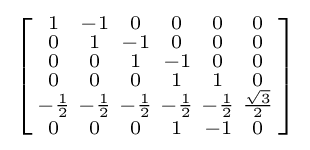
\left[{\begin{smallmatrix}1&-1&0&0&0&0\\0&1&-1&0&0&0\\0&0&1&-1&0&0\\0&0&0&1&1&0\\-{\frac {1}{2}}&-{\frac {1}{2}}&-{\frac {1}{2}}&-{\frac {1}{2}}&-{\frac {1}{2}}&{\frac {\sqrt {3}}{2}}\\0&0&0&1&-1&0\\\end{smallmatrix}}\right]